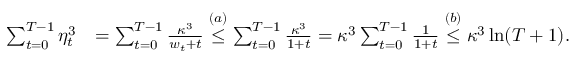
\begin{array} { r l } { \sum _ { t = 0 } ^ { T - 1 } \eta _ { t } ^ { 3 } } & { = \sum _ { t = 0 } ^ { T - 1 } \frac { \kappa ^ { 3 } } { w _ { t } + t } \overset { ( a ) } { \leq } \sum _ { t = 0 } ^ { T - 1 } \frac { \kappa ^ { 3 } } { 1 + t } = \kappa ^ { 3 } \sum _ { t = 0 } ^ { T - 1 } \frac { 1 } { 1 + t } \overset { ( b ) } { \leq } \kappa ^ { 3 } \ln ( T + 1 ) . } \end{array}